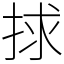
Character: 捄